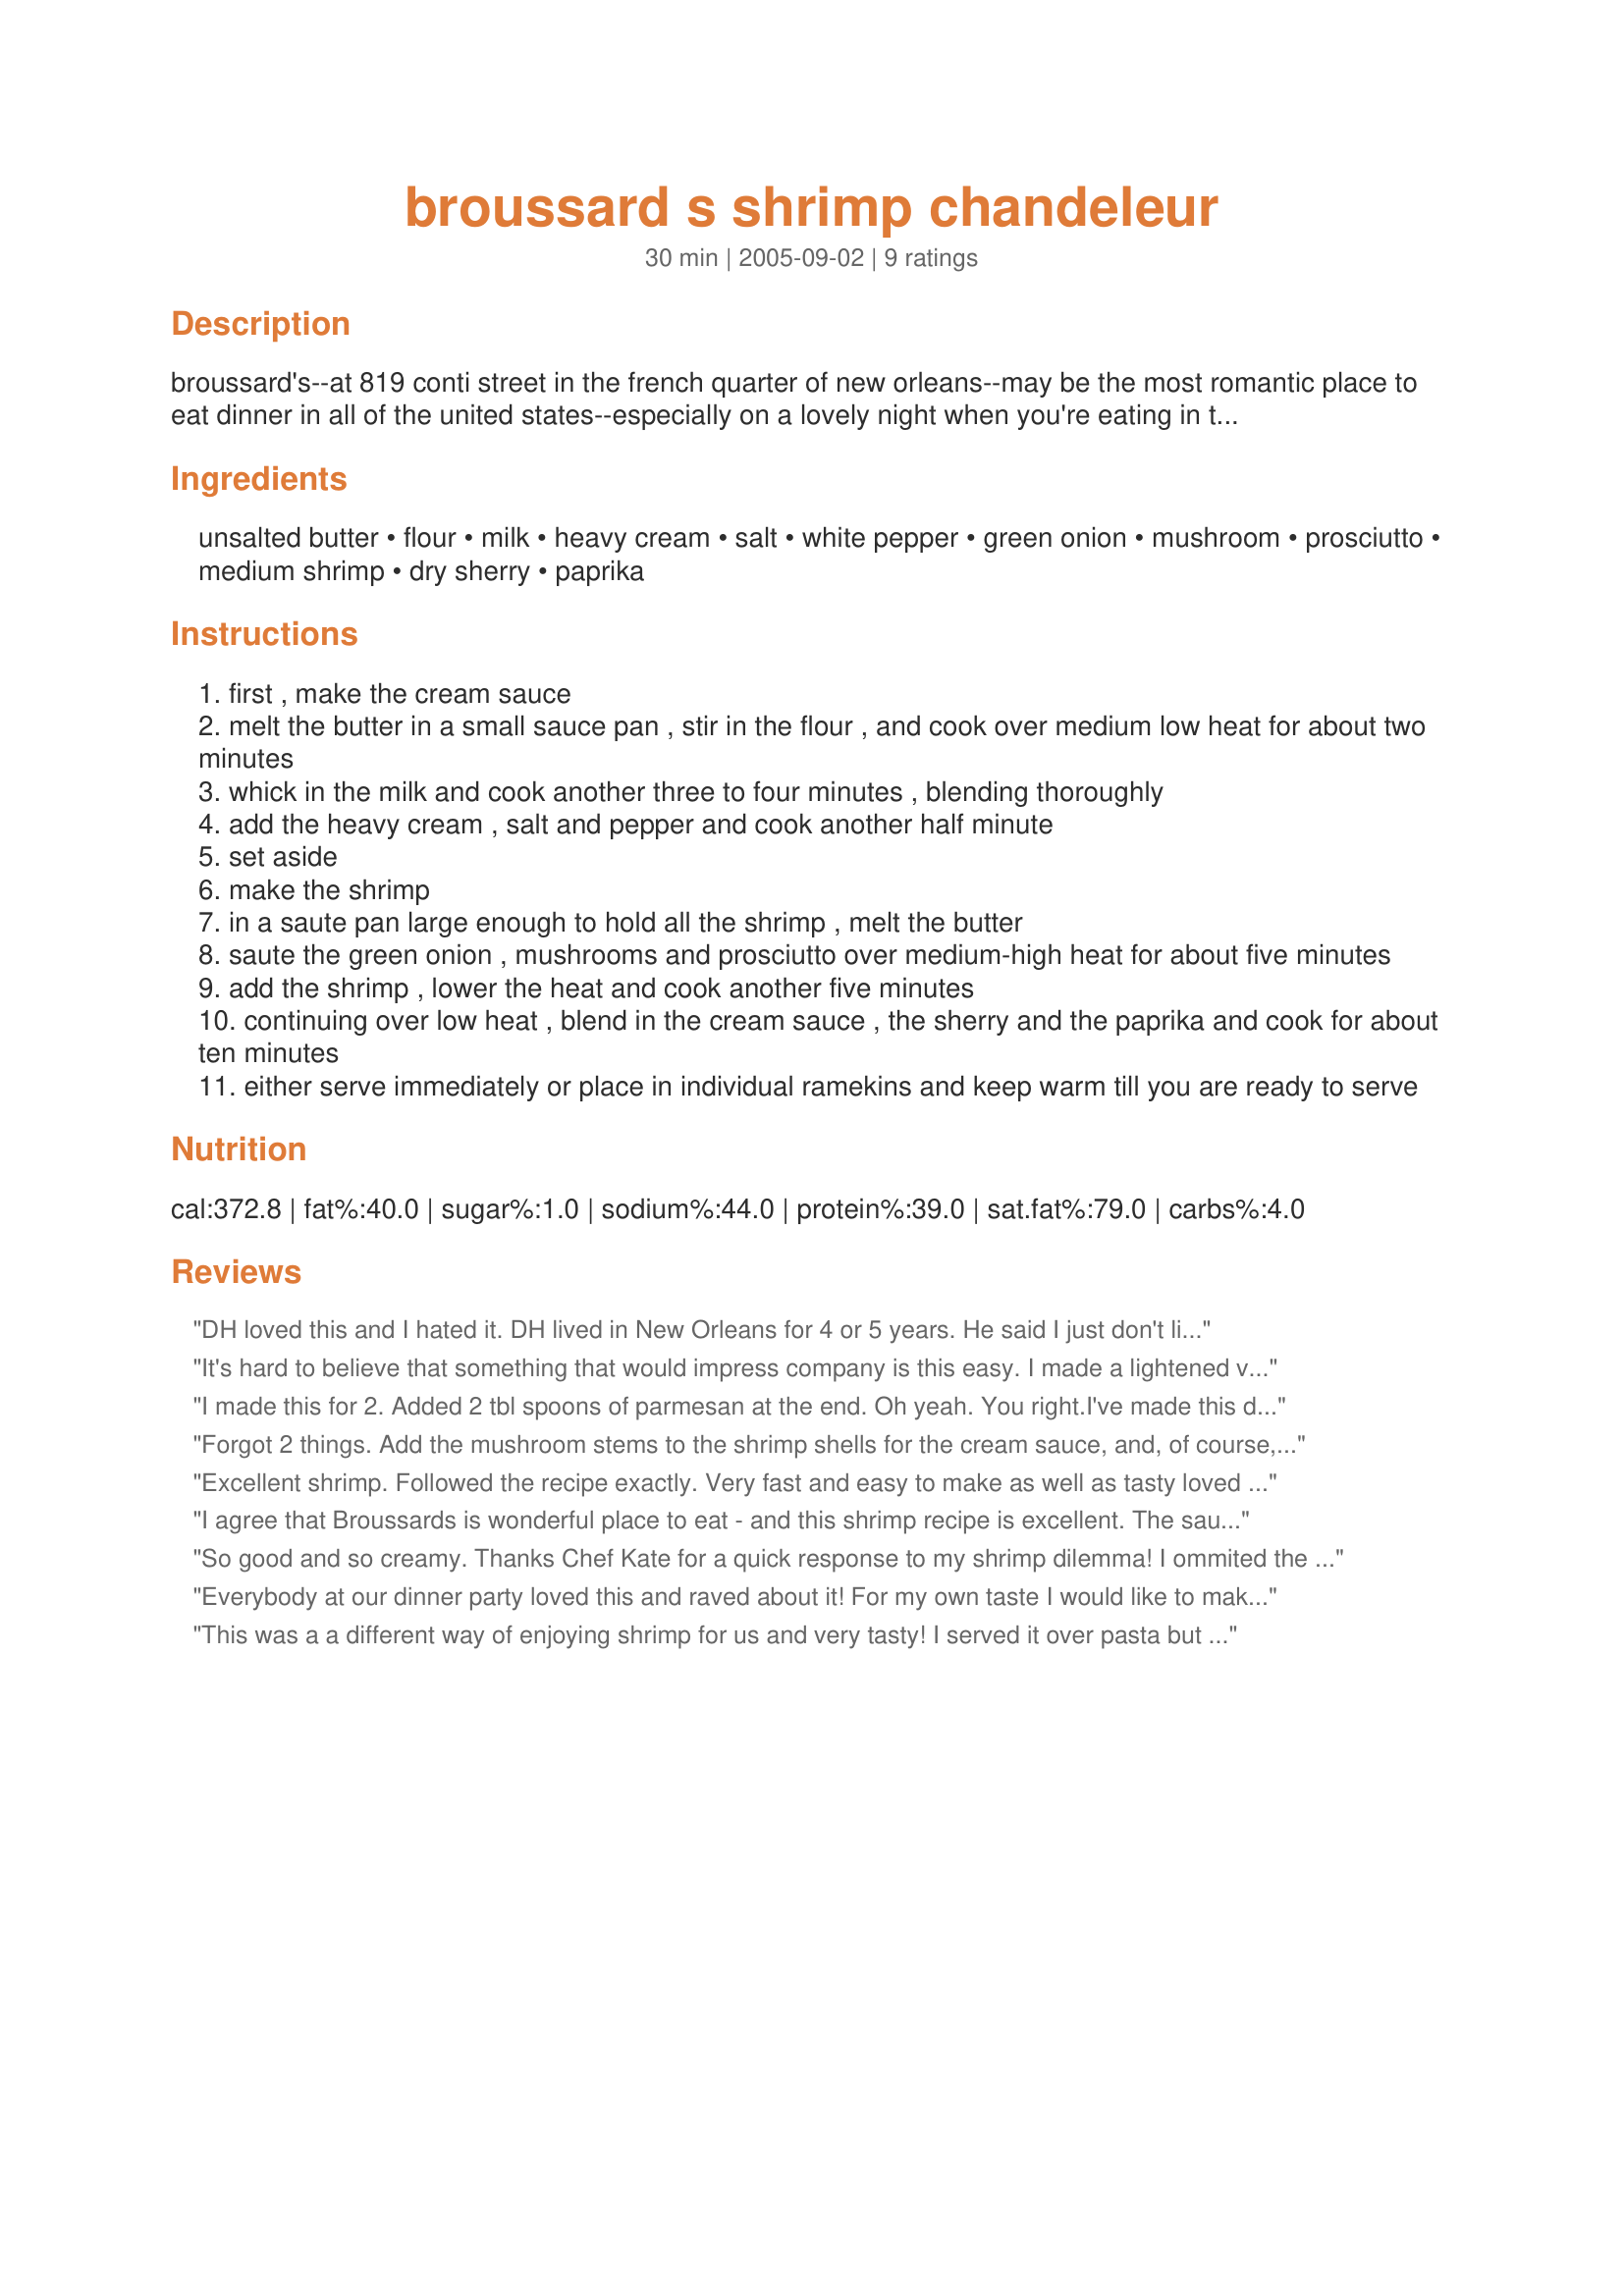
broussard s shrimp chandeleur
Preparation time: 30 minutes

broussard's--at 819 conti street in the french quarter of new orleans--may be the most romantic place to eat dinner in all of the united states--especially on a lovely night when you're eating in the courtyard. and this shrimp dish, rich yet elegant, is typical of broussard fare.

Ingredients:
unsalted butter, flour, milk, heavy cream, salt, white pepper, green onion, mushroom, prosciutto, medium shrimp, dry sherry, paprika

Steps:
first , make the cream sauce
melt the butter in a small sauce pan , stir in the flour , and cook over medium low heat for about two minutes
whick in the milk and cook another three to four minutes , blending thoroughly
add the heavy cream , salt and pepper and cook another half minute
set aside
make the shrimp
in a saute pan large enough to hold all the shrimp , melt the butter
saute the green onion , mushrooms and prosciutto over medium-high heat for about five minutes
add the shrimp , lower the heat and cook another five minutes
continuing over low heat , blend in the cream sauce , the sherry and the paprika and cook for about ten minutes
either serve immediately or place in individual ramekins and keep warm till you are ready to serve

Reviews:
DH loved this and I hated it. DH lived in New Orleans for 4 or 5 years. He said I just don't like creole cooking. I am hopelessly a northerner.
It's hard to believe that something that would impress company is this easy. I made a lightened version and it was delish. I used no butter or cream and instead used skim milk and fat free evap milk and thickened it a bit with some cornstarch. In place of the sherry I added the water that came from the defrosting shrimp. I served it over white rice with Brussels sprouts on the side. It was made in about 15 mins and was a wonderful dinner. Made for ZWT-III.
I made this for 2. Added 2 tbl spoons of parmesan at the end. Oh yeah. You right.<br/>I've made this dish 4 times and it's wonderful. Forgot to mention that I did cut the amount of flour about in half.<br/>3 years later, I tried this with cooked turkey. Again wonderful. I make the sauce in the microwave and use 1/2 & 1/2 instead of milk and cream.
Forgot 2 things. Add the mushroom stems to the shrimp shells for the cream sauce, and, of course, strain the sauce into the shrimp saute.
Excellent shrimp. Followed the recipe exactly. Very fast and easy to make as well as tasty loved the mushroom shrimp combination. The cream sauce was thick but was great served with rice. The paprika gave it a nice rich color. Thanks Chef Kate for sharing this recipe and one that I will make again.
I agree that Broussards is wonderful place to eat - and this shrimp recipe is excellent. The sauce, for us, is a little rich but left out the cream and substituted milk. Wonderful company dish.
So good and so creamy. Thanks Chef Kate for a quick response to my shrimp dilemma! I ommited the procciutto as I didn't have any on hand, but still a wonderful dish!
Everybody at our dinner party loved this and raved about it! For my own taste I would like to make the sauce thinner next time and also add some fresh chopped parsley. Loved the subtle sherry flavor and will certainly make this again with some minor changes. I served it with herbed crusty bread. Great recipe, thanks Kate!
This was a a different way of enjoying shrimp for us and very tasty! I served it over pasta but next time will just serve it with bread and salad. I'm not sure what I did but my sauce turned out really thick - maybe had the heat too high? Cooking on an electric stove. Next time will try cutting back on the flour by 1/3rd to a half and also try it with some red pepper flakes. Thank you for sharing this.
